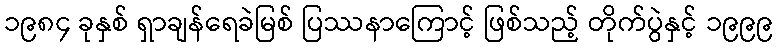
၁၉၈၄ ခုနှစ် ရှာချန်ရေခဲမြစ် ပြဿနာကြောင့် ဖြစ်သည့် တိုက်ပွဲနှင့် ၁၉၉၉